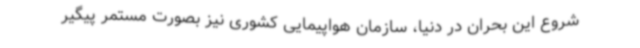
شروع این بحران در دنیا، سازمان هواپیمایی کشوری نیز بصورت مستمر پیگیر